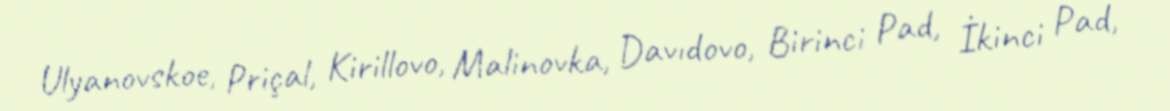
Ulyanovskoe, Priçal, Kirillovo, Malinovka, Davıdovo, Birinci Pad, İkinci Pad,